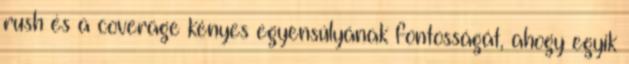
rush és a coverage kényes egyensúlyának fontosságát, ahogy egyik